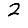
Digit: 2